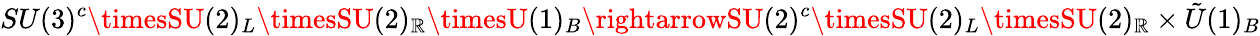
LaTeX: SU(3)^{c}\timesSU(2)_{L}\timesSU(2)_{\mathbb{R}}\timesU(1)_{B}\rightarrowSU(2)^{c}\timesSU(2)_{L}\timesSU(2)_{\mathbb{R}}\times{\tilde{{U}}}(1)_{B}